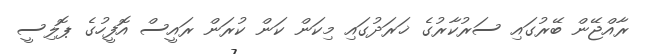
ރާއްޖޭން ބޭރުގައި ސަރުކާރުގެ ޚަރަދުގައި މިކަން ކަން ކުރަން ރައީސް އޮފީހުގެ ޕޮލިސީ